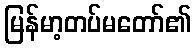
မြန်မာ့တပ်မတော်၏